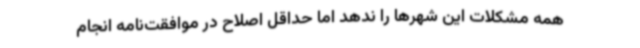
همه مشکلات این شهرها را ندهد اما حداقل اصلاح در موافقت‌نامه انجام